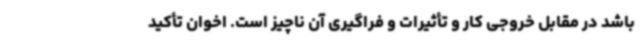
باشد در مقابل خروجی کار و تأثیرات و فراگیری آن ناچیز است. اخوان تأکید